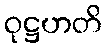
ဝုဋ္ဌဟတိ